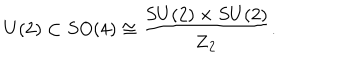
U ( 2 ) \subset S O ( 4 ) \cong { \frac { S U ( 2 ) \times S U ( 2 ) } { { \bf Z } _ { 2 } } } .